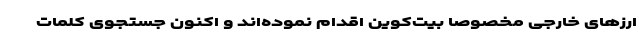
ارزهای خارجی مخصوصا بیت‌کوین اقدام نموده‌اند و اکنون جستجوی کلمات